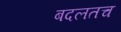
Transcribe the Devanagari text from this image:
बदलतच